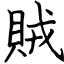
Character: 賊